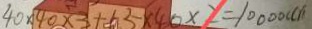
4 0 \times 4 0 \times 3 + 1 5 \times 4 0 \times 2 = 1 0 0 0 0 ( c m